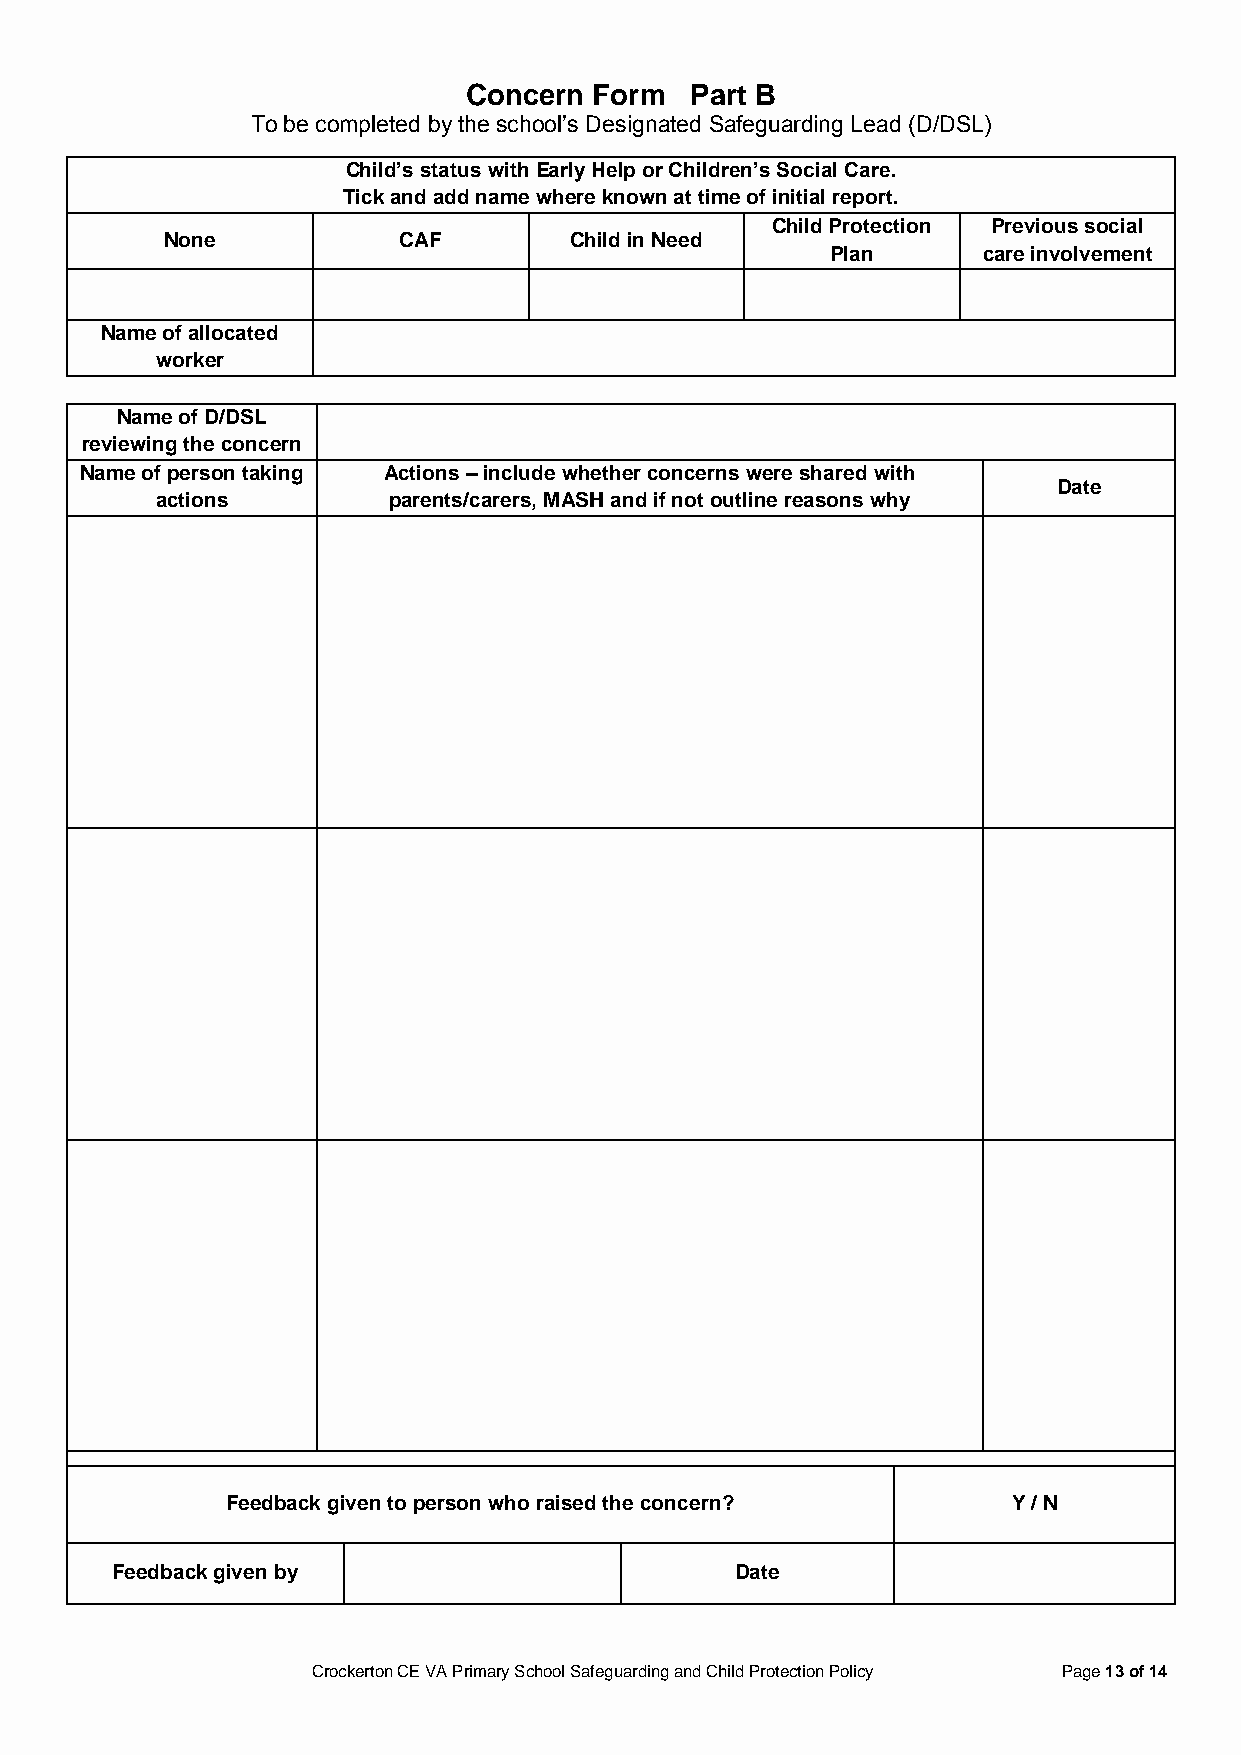
Concern Form   Part B
 To be completed by the school’s Designated Safeguarding Lead (D/DSL)
 Child’s status with Early Help or Children’s Social Care.
 Tick and add name where known at time of initial report.
 Child Protection Previous social
 None           CAF         Child in Need
 Plan      care involvement
 Name of allocated
 worker
 Name of D/DSL
 reviewing the concern
 Name of person taking Actions – include whether concerns were shared with
 Date
 actions         parents/carers, MASH and if not outline reasons why
 Feedback given to person who raised the concern?    Y / N
 Feedback given by                         Date
 Crockerton CE VA Primary School Safeguarding and Child Protection Policy Page 13 of 14